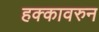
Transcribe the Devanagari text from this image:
हक्कावरुन